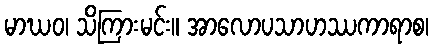
မာဃဝ၊ သိကြားမင်း။ အာလောပသာဟဿကာရာစ၊